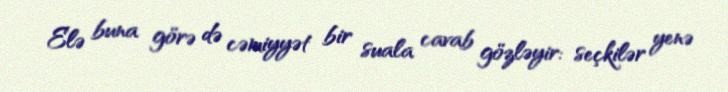
Elə buna görə də cəmiyyət bir suala cavab gözləyir: seçkilər yenə